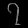
Digit: ၇